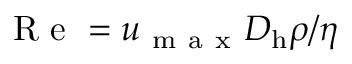
\mathrm { ~ R ~ e ~ } = { u _ { \mathrm { ~ m ~ a ~ x ~ } } D _ { \mathrm { h } } \rho } / { \eta }